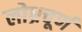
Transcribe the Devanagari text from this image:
लोध्रचूर्ण